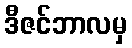
ဒီဇင်ဘာလမှ